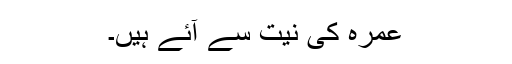
عمرہ کی نیت سے آئے ہیں۔